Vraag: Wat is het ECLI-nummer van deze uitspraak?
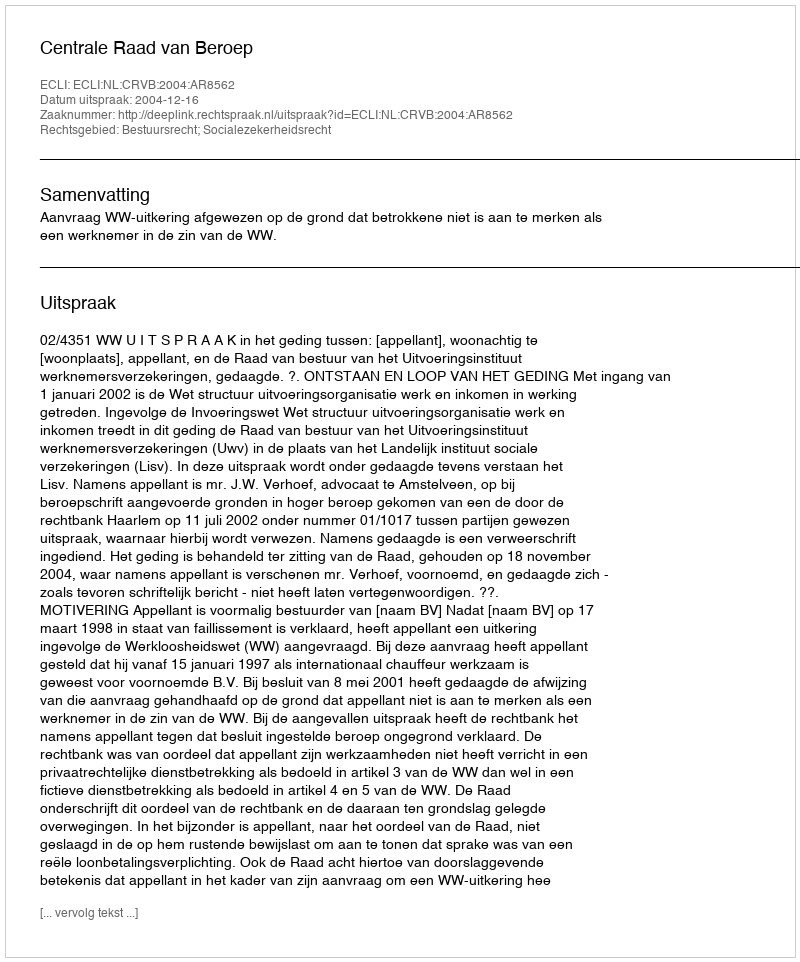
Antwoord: ECLI:NL:CRVB:2004:AR8562